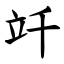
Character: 竏